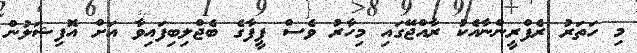
މި ހަތަރު ރެފްރީންނާއެކު ރާއްޖޭގައި މިހާރު ވެސް ފީފާގެ ބެޖްލިބިފައިވާ އަށް އޮފިޝަލުން